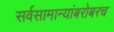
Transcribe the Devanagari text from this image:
सर्वसामान्यांबरोबरच